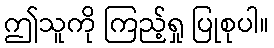
ဤသူကို ကြည့်ရှု ပြုစုပါ။